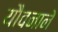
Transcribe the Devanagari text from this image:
यौवनाने